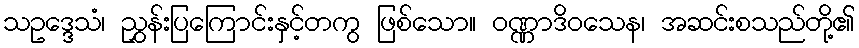
သဥဒ္ဒေသံ၊ ညွှန်းပြကြောင်းနှင့်တကွ ဖြစ်သော။ ဝဏ္ဏာဒိဝသေန၊ အဆင်းစသည်တို့၏